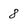
Character: 8